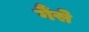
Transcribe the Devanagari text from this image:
गैंसे